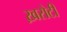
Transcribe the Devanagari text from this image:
ख़रोटी